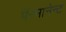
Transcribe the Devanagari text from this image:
पॅरमानेन्ट